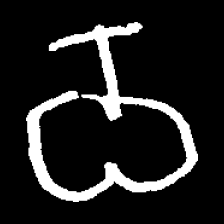
Pyu character \u2014 Myanmar letter: ဝ (romanized: wa)